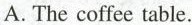
A. The coffee table.